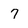
Character: 7